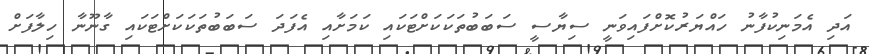
އަދި އެމަނިކުފާނު ހައްޔަރުކޮށްފައިވަނީ ސިޔާސީ ސަބަބުތަކަކަށްޓަކައި ކަމަށާއި އެފަދަ ސަބަބުތަކަކަށްޓަކައި ގާނޫނާ ހިލާފަށް